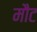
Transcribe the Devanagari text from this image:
मौट